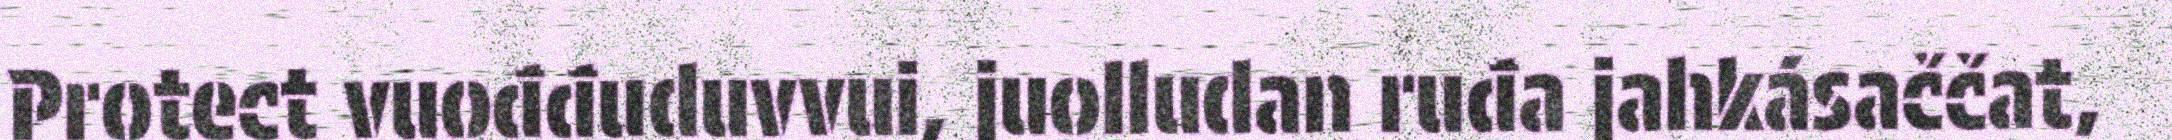
Protect vuođđuduvvui, juolludan ruđa jahkásaččat,